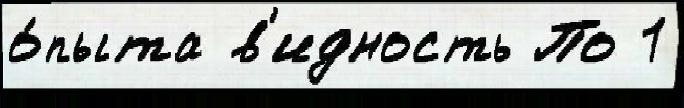
о́пыта в'идность По 1